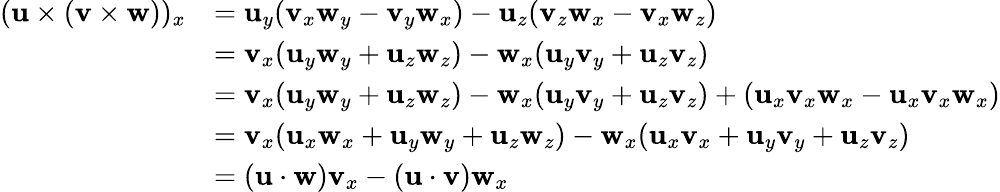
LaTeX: {\begin{array}{rl}{(\mathbf{u}\times(\mathbf{v}\times\mathbf{w}))_{x}}&{=\mathbf{u}_{y}(\mathbf{v}_{x}\mathbf{w}_{y}-\mathbf{v}_{y}\mathbf{w}_{x})-\mathbf{u}_{z}(\mathbf{v}_{z}\mathbf{w}_{x}-\mathbf{v}_{x}\mathbf{w}_{z})}\\ &{=\mathbf{v}_{x}(\mathbf{u}_{y}\mathbf{w}_{y}+\mathbf{u}_{z}\mathbf{w}_{z})-\mathbf{w}_{x}(\mathbf{u}_{y}\mathbf{v}_{y}+\mathbf{u}_{z}\mathbf{v}_{z})}\\ &{=\mathbf{v}_{x}(\mathbf{u}_{y}\mathbf{w}_{y}+\mathbf{u}_{z}\mathbf{w}_{z})-\mathbf{w}_{x}(\mathbf{u}_{y}\mathbf{v}_{y}+\mathbf{u}_{z}\mathbf{v}_{z})+(\mathbf{u}_{x}\mathbf{v}_{x}\mathbf{w}_{x}-\mathbf{u}_{x}\mathbf{v}_{x}\mathbf{w}_{x})}\\ &{=\mathbf{v}_{x}(\mathbf{u}_{x}\mathbf{w}_{x}+\mathbf{u}_{y}\mathbf{w}_{y}+\mathbf{u}_{z}\mathbf{w}_{z})-\mathbf{w}_{x}(\mathbf{u}_{x}\mathbf{v}_{x}+\mathbf{u}_{y}\mathbf{v}_{y}+\mathbf{u}_{z}\mathbf{v}_{z})}\\ &{=(\mathbf{u}\cdot\mathbf{w})\mathbf{v}_{x}-(\mathbf{u}\cdot\mathbf{v})\mathbf{w}_{x}}\end{array}}